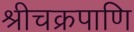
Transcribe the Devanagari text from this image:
श्रीचक्रपाणि